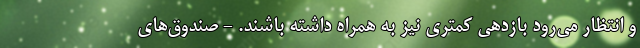
و انتظار می‌رود بازدهی کمتری نیز به همراه داشته باشند. - صندوق‌های